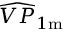
\widehat { V P } _ { 1 \mathrm { m } }